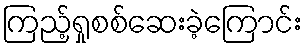
ကြည့်ရှုစစ်ဆေးခဲ့ကြောင်း